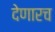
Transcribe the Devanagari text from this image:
देणारच